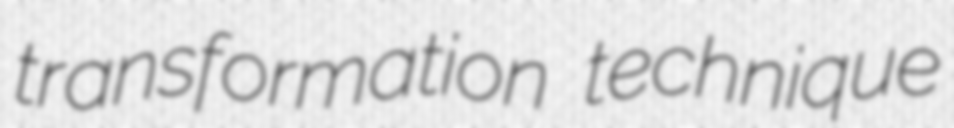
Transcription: transformation technique